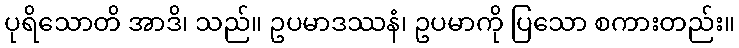
ပုရိသောတိ အာဒိ၊ သည်။ ဥပမာဒဿနံ၊ ဥပမာကို ပြသော စကားတည်း။